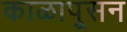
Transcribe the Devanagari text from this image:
काळापूसन